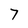
Character: 7